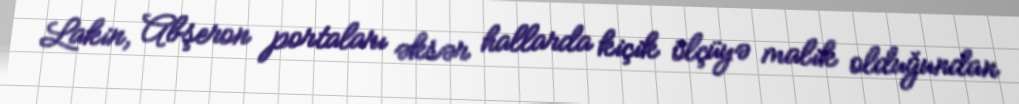
Lakin, Abşeron portaları əksər hallarda kiçik ölçüyə malik olduğundan